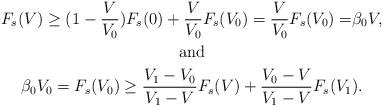
LaTeX: \begin{gather*} F_s(V) \ge (1-\frac{V}{V_0})F_s(0) + \frac{V}{V_0} F_s(V_0) = {{\frac{V}{V_0}F_s(V_0)=}}\beta_0 V,\\\textrm{and}\\ \beta_0V_0 = F_s(V_0) \ge \frac{V_1-V_0}{V_1 - V} F_s(V) + \frac{V_0-V}{V_1 - V} F_s(V_1). \end{gather*}